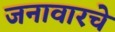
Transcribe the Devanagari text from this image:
जनावारचे